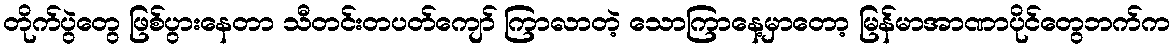
တိုက်ပွဲတွေ ဖြစ်ပွားနေတာ သီတင်းတပတ်ကျော် ကြာလာတဲ့ သောကြာနေ့မှာတော့ မြန်မာအာဏာပိုင်တွေဘက်က